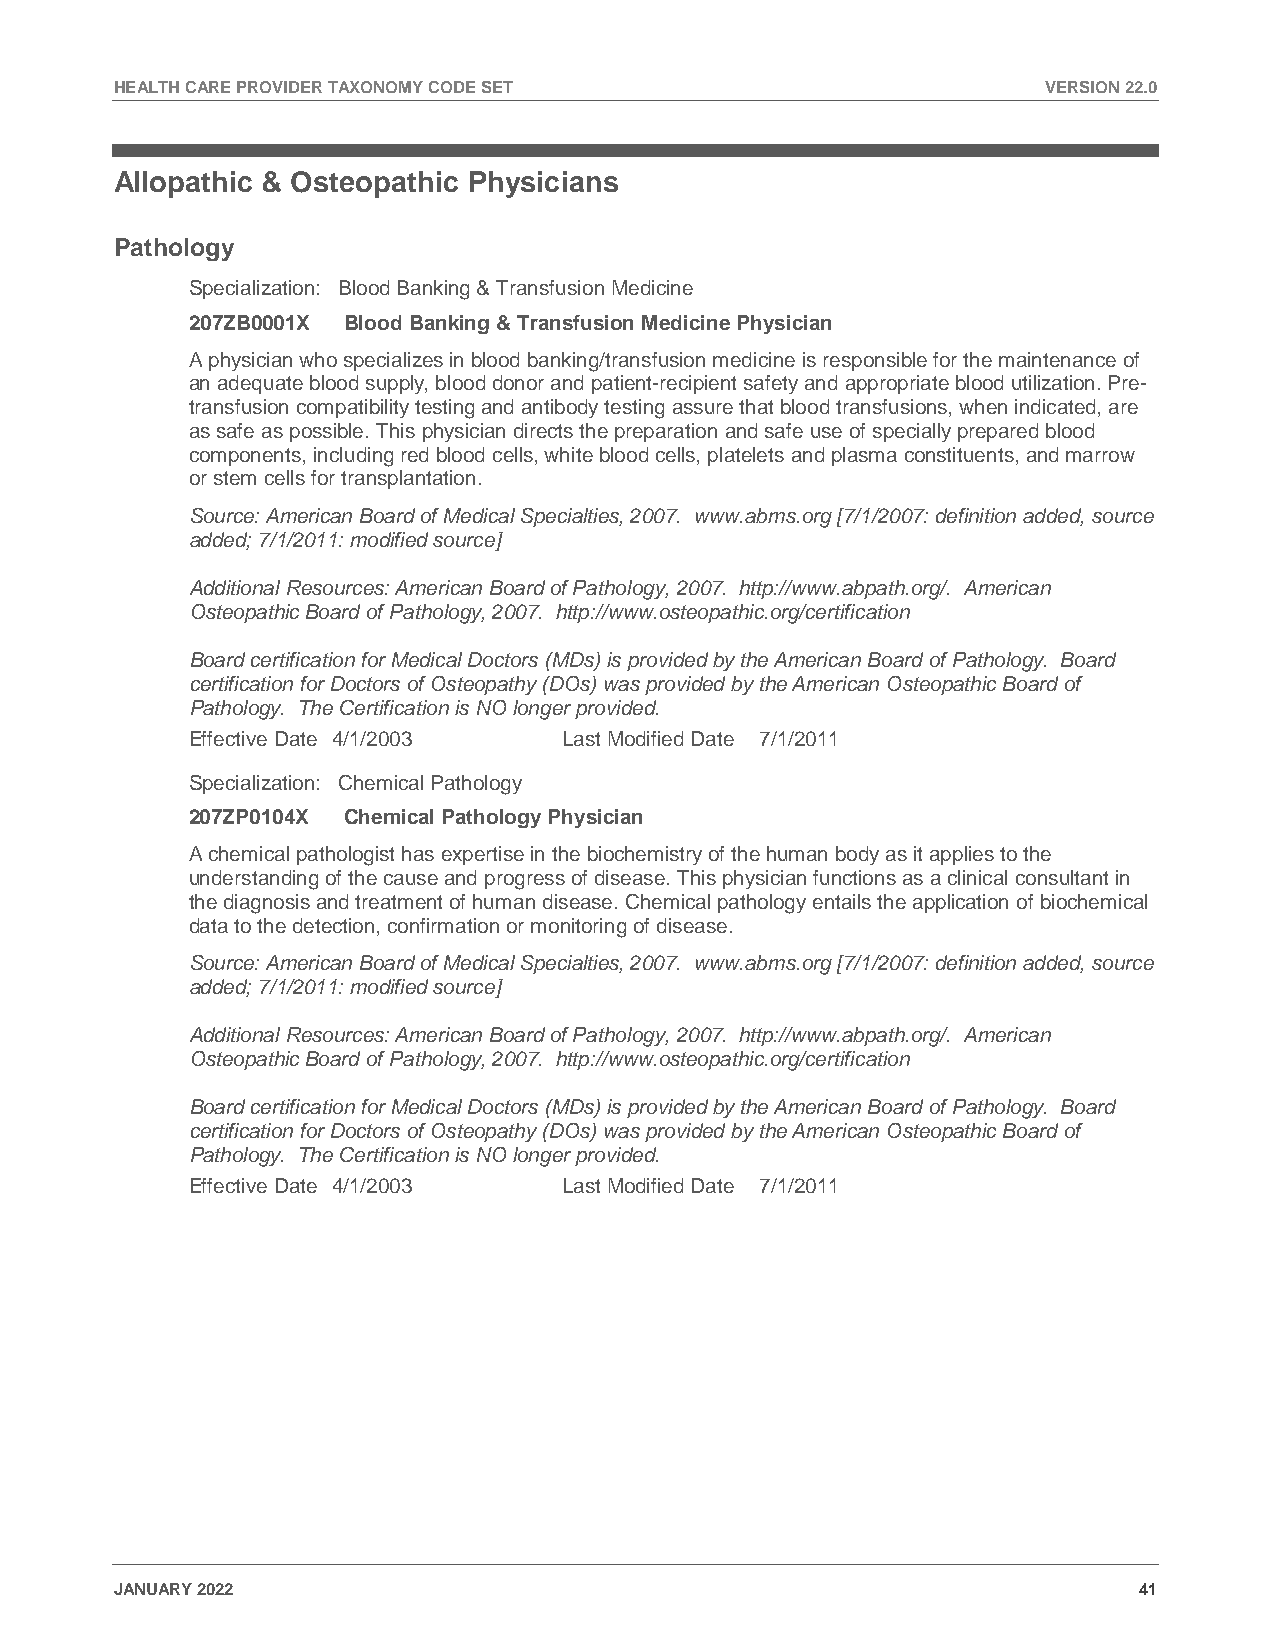
HEALTH CARE PROVIDER TAXONOMY CODE SET                       VERSION 22.0
 Allopathic & Osteopathic Physicians
 Pathology
 Specialization: Blood Banking & Transfusion Medicine
 207ZB0001X Blood Banking & Transfusion Medicine Physician
 A physician who specializes in blood banking/transfusion medicine is responsible for the maintenance of
 an adequate blood supply, blood donor and patient-recipient safety and appropriate blood utilization. Pre-
 transfusion compatibility testing and antibody testing assure that blood transfusions, when indicated, are
 as safe as possible. This physician directs the preparation and safe use of specially prepared blood
 components, including red blood cells, white blood cells, platelets and plasma constituents, and marrow
 or stem cells for transplantation.
 Source: American Board of Medical Specialties, 2007. www.abms.org [7/1/2007: definition added, source
 added; 7/1/2011: modified source]
 Additional Resources: American Board of Pathology, 2007. http://www.abpath.org/. American
 Osteopathic Board of Pathology, 2007. http://www.osteopathic.org/certification
 Board certification for Medical Doctors (MDs) is provided by the American Board of Pathology. Board
 certification for Doctors of Osteopathy (DOs) was provided by the American Osteopathic Board of
 Pathology. The Certification is NO longer provided.
 Effective Date 4/1/2003  Last Modified Date 7/1/2011
 Specialization: Chemical Pathology
 207ZP0104X Chemical Pathology Physician
 A chemical pathologist has expertise in the biochemistry of the human body as it applies to the
 understanding of the cause and progress of disease. This physician functions as a clinical consultant in
 the diagnosis and treatment of human disease. Chemical pathology entails the application of biochemical
 data to the detection, confirmation or monitoring of disease.
 Source: American Board of Medical Specialties, 2007. www.abms.org [7/1/2007: definition added, source
 added; 7/1/2011: modified source]
 Additional Resources: American Board of Pathology, 2007. http://www.abpath.org/. American
 Osteopathic Board of Pathology, 2007. http://www.osteopathic.org/certification
 Board certification for Medical Doctors (MDs) is provided by the American Board of Pathology. Board
 certification for Doctors of Osteopathy (DOs) was provided by the American Osteopathic Board of
 Pathology. The Certification is NO longer provided.
 Effective Date 4/1/2003  Last Modified Date 7/1/2011
 JANUARY 2022                                                       41